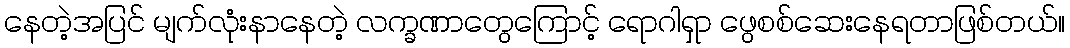
နေတဲ့အပြင် မျက်လုံးနာနေတဲ့ လက္ခဏာတွေကြောင့် ရောဂါရှာ ဖွေစစ်ဆေးနေရတာဖြစ်တယ်။